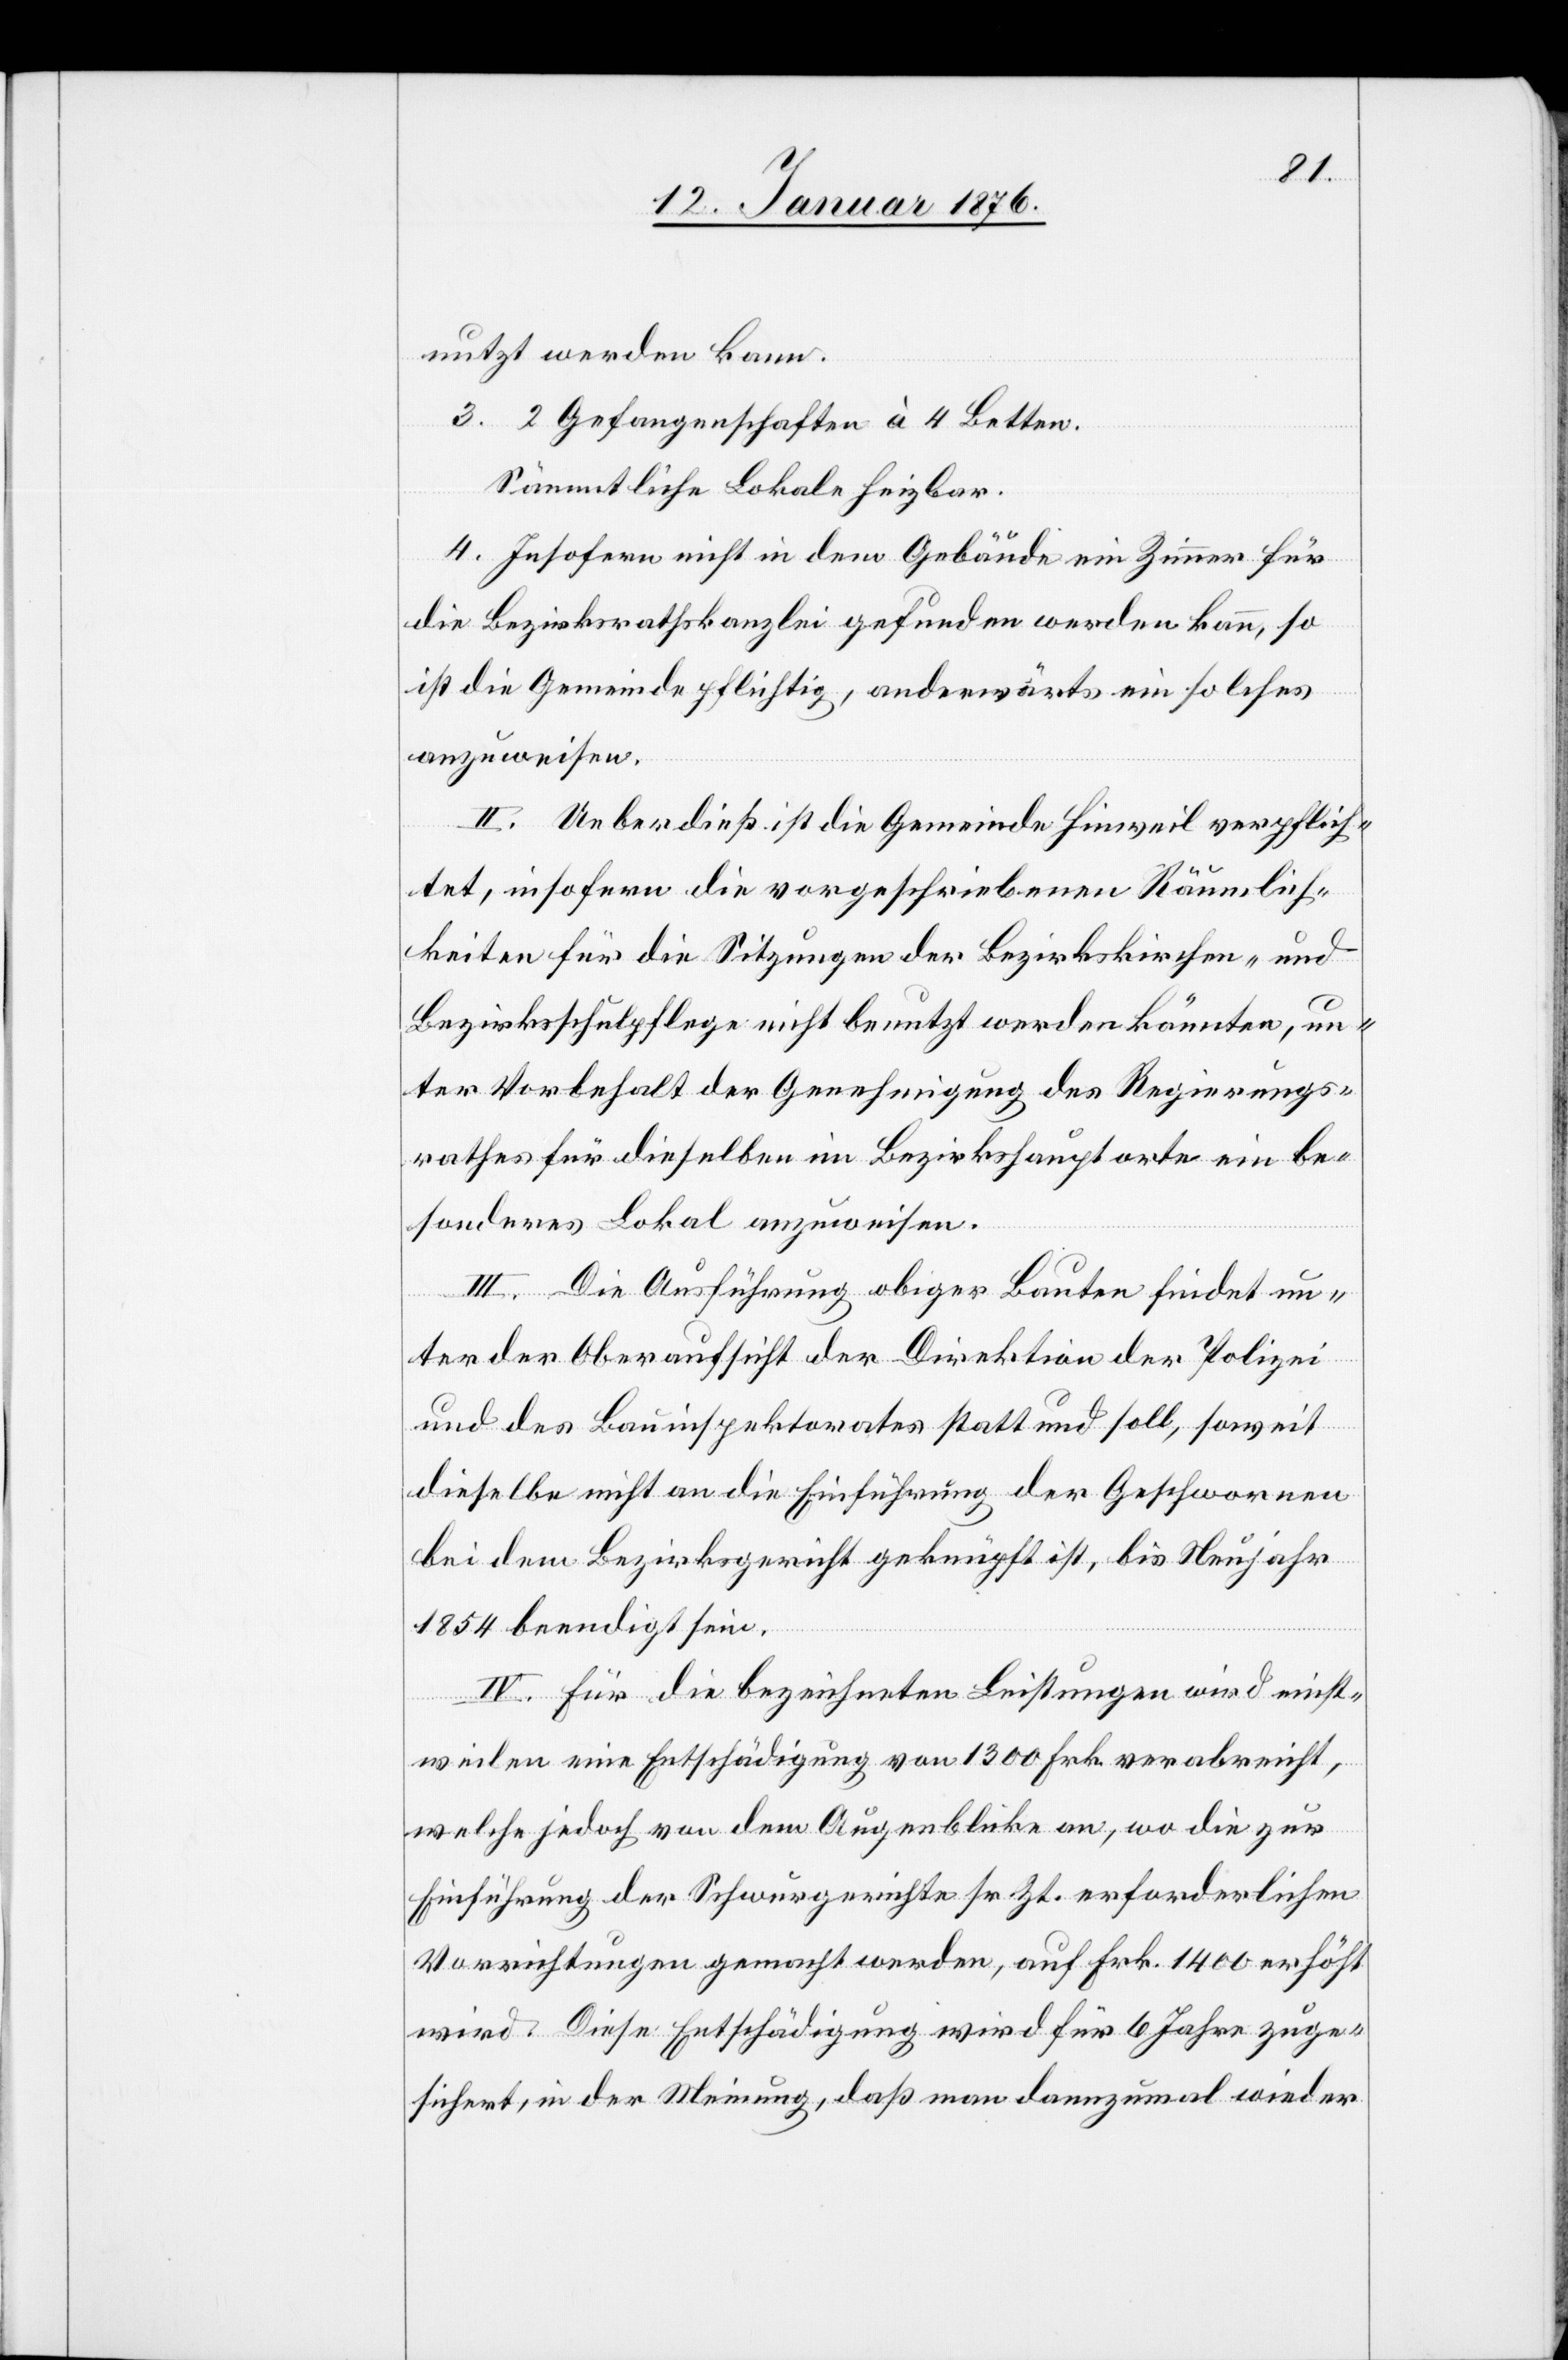
nutzt werden kann.
3. 2 Gefangenschaften à 4 Betten.
Sämmtliche Lokale heizbar.
4. Insofern nicht in dem Gebäude ein Zimmer für
die Bezirksrathskanzlei gefunden werden kann, so
ist die Gemeinde pflichtig, anderwärts ein solches
anzuweisen.
II. Ueberdieß ist die Gemeinde Hinweil verpflich¬
tet, insofern die vorgeschriebenen Räumlich¬
keiten für die Sitzungen der Bezirkskirchen- und
Bezirksschulpflege nicht benutzt werden könnten, un¬
ter Vorbehalt der Genehmigung des Regierungs¬
rathes für dieselben im Bezirkshauptorte ein be¬
sonderes Lokal anzuweisen.
III. Die Ausführung obiger Bauten findet un¬
ter der Oberaufsicht der Direktion der Polizei
und des Bauinspektorates statt und soll, soweit
dieselbe nicht an die Einführung der Geschwornen
bei dem Bezirksgericht geknüpft ist, bis Neujahr
1854 beendigt sein.
IV. Für die bezeichneten Leistungen wird einst¬
weilen eine Entschädigung von 1300 Frk. verabreicht,
welche jedoch von dem Augenblicke an, wo die zur
Einführung der Schwurgerichte sr. Zt. erforderlichen
Vorrichtungen gemacht werden, auf Frk. 1400 erhöht
wird. Diese Entschädigung wird für 6 Jahre zuge¬
sichert, in der Meinung, daß man dannzumal wieder